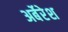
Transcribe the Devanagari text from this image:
अर्बेरेश